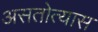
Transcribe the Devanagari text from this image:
असतोत्यास